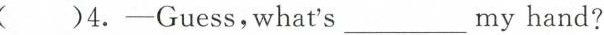
( )4.-Guess,what's___my hand?